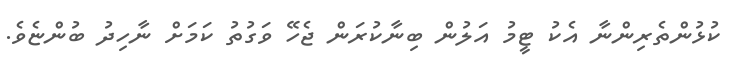
ކުޅުންތެރިންނާ އެކު ޓީމު އަލުން ބިނާކުރަން ޖެހޭ ވަގުތު ކަމަށް ނާހިދު ބުންޏެވެ.